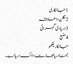
1 جانکاری
2 نکلن دا علاقہ
3 دریا دی گہرائی
4 منبع
جانکاریلکھو
جمنا دریا بھارت دا اک دریا اے ۔